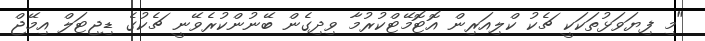
"މި ފިޔަވަޅުތަކަކީ ޗެކު ކްލިއަރިން އޮޓޮމޭޓްކުރުމާ ވިދިގެން ބޭނުންކުރެވޭނީ ޗެކުގެ ޑިޖިޓަލް އިމޭޖް